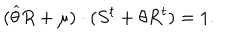
LaTeX: ( \widehat { \theta } R + \mu ) \cdot ( S ^ { t } + \theta R ^ { t } ) = 1 .